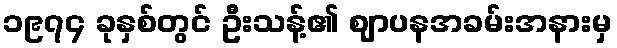
၁၉၇၄ ခုနှစ်တွင် ဦးသန့်၏ ဈာပနအခမ်းအနားမှ